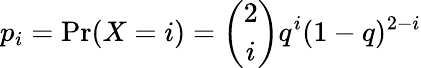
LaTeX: p_{i}=\mathrm{Pr}(X=i)={\binom{2}{i}}q^{i}(1-q)^{2-i}